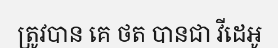
ត្រូវបាន គេ ថត បានជា វីដេអូ